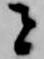
者